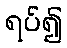
ရပ်၍